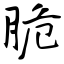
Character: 脆